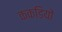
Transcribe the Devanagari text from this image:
ककड़ियों